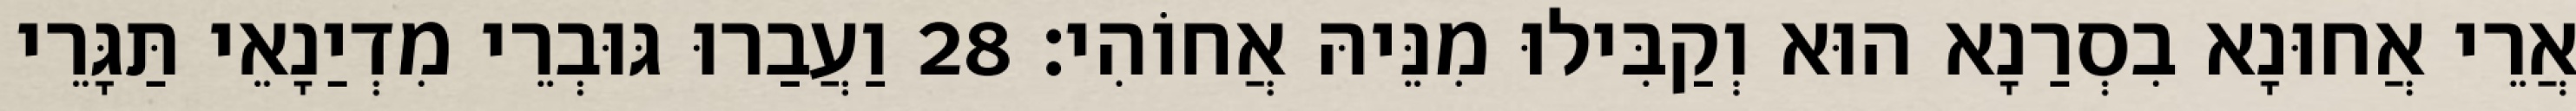
אֲרֵי אֲחוּנָא בִסְרַנָא הוּא וְקַבִּילוּ מִנֵּיהּ אֲחוֹהִי׃ 28 וַעֲבַרוּ גּוּבְרֵי מִדְיַנָאֵי תַּגָּרֵי